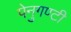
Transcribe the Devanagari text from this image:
पेनुगण्टी